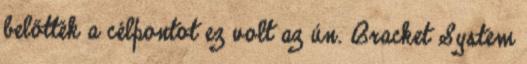
belőtték a célpontot ez volt az ún. Bracket System